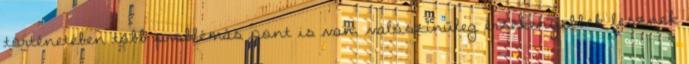
történetében több problémás pont is van, valószínűleg érzékenyebbek lesznek